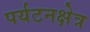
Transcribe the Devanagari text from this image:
पर्यटनक्षेत्र